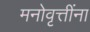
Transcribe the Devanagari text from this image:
मनोवृत्तींना